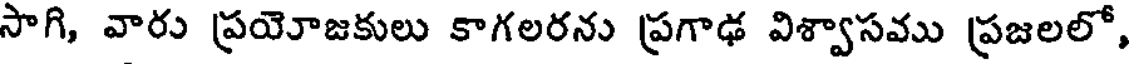
సాగి, వారు ప్రయోజకులు కాగలరను ప్రగాఢ విశ్వాసము ప్రజలలో,